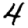
Digit: 4